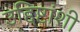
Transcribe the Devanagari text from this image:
उद्दिष्टांशी